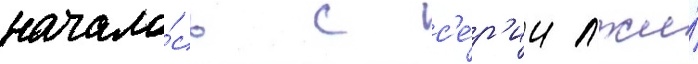
начало́сь с с'е́р'ии лжи́